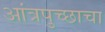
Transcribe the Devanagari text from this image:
आंत्रपुच्छाचा